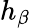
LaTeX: h_{\beta}